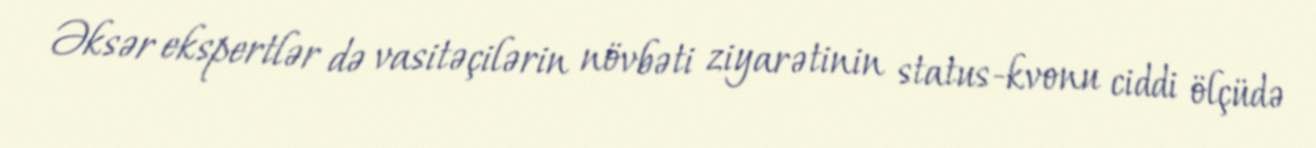
Əksər ekspertlər də vasitəçilərin növbəti ziyarətinin status-kvonu ciddi ölçüdə